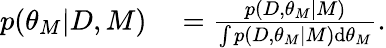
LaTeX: \begin{array}{rl}{p(\theta_{M}|D,M)}&{{}=\frac{p(D,\theta_{M}|M)}{\int p(D,\theta_{M}|M)\textup{d}\theta_{M}}.}\end{array}